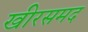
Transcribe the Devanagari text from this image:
खीरसमद